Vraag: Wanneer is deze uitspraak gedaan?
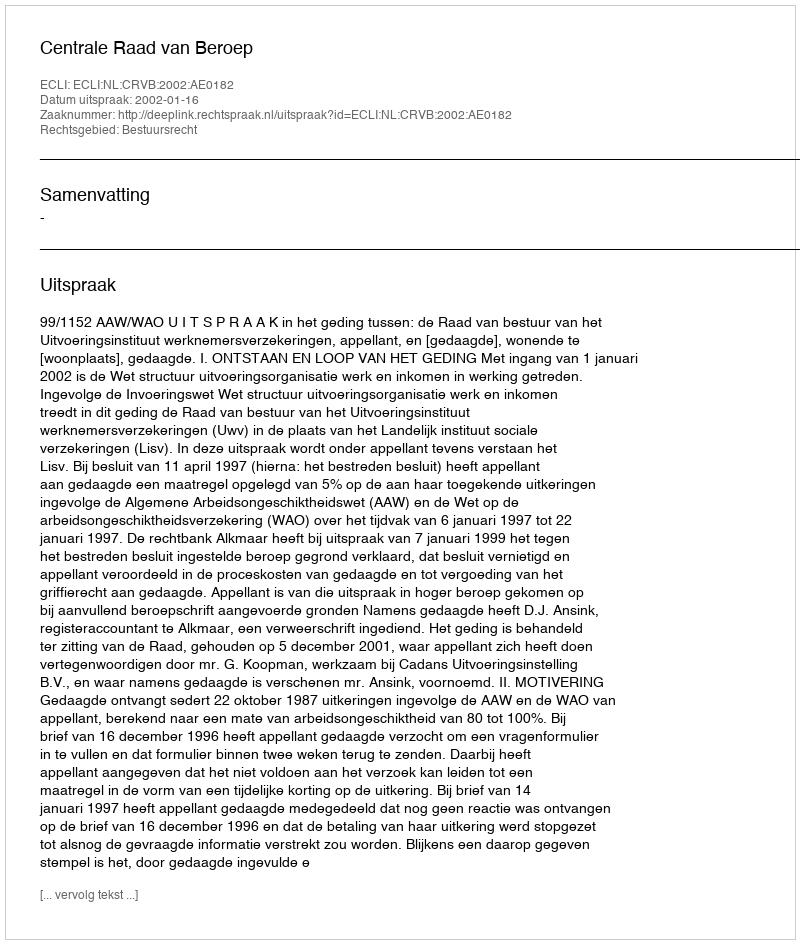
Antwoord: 2002-01-16